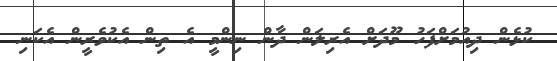
ކުޅެން ދިއުމަށްފަހު މޫދަށް އެރިލަން ދާން ނިންމީ އެ ތިން އެކުވެރީން އެކަނި